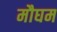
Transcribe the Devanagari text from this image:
मौघम